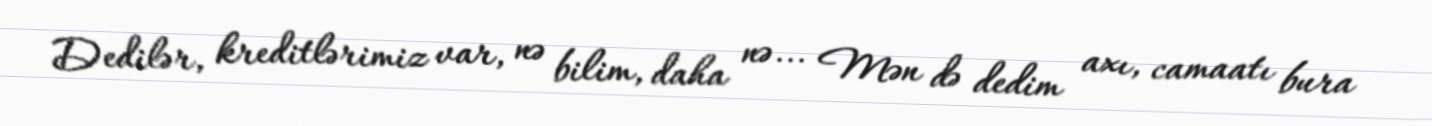
Dedilər, kreditlərimiz var, nə bilim, daha nə... Mən də dedim axı, camaatı bura